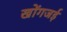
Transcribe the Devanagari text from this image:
खोंगजई